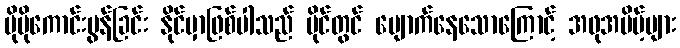
ပိုမိုကောင်းမွန်ခြင်း နိုင်မှာဖြစ်ပါသည် မိုင်တွင် ပျောက်နေသောကြောင့် အဖုအပိမ့်များ